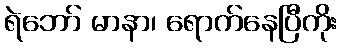
ရဲဘော် မာနာ၊ ရောက်နေပြီကိုး